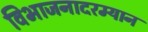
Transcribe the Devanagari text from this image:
विभाजनादरम्यान